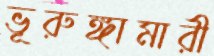
ভূরুঙ্গামারী